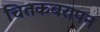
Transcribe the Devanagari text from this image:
चितकबरापन